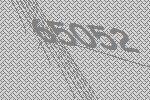
65052